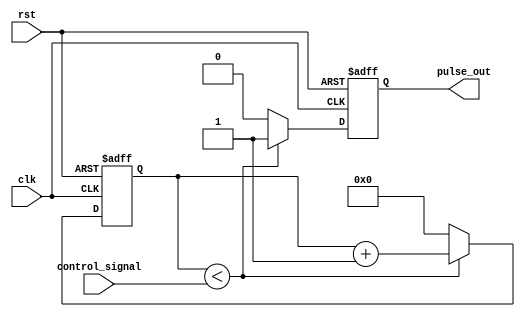
module VariablePulseWidthGenerator (
    input wire clk,
    input wire rst,
    input wire [7:0] control_signal,
    output reg pulse_out
);

reg [7:0] counter;

always @(posedge clk or posedge rst) begin
    if (rst) begin
        pulse_out <= 0;
        counter <= 0;
    end else begin
        if (counter < control_signal) begin
            pulse_out <= 1;
            counter <= counter + 1;
        end else begin
            pulse_out <= 0;
            counter <= 0;
        end
    end
end

endmodule